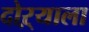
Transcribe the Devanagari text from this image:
दोऱ्याला